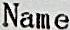
NAME